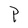
Character: P